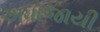
અધોજાયી